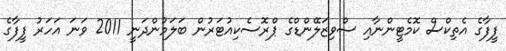
ފީފާގެ އެތިކްސް ކޮމެޓީންނާއި ސްވިޒަލޭންޑްގެ ޕްރޮސެކިއުޓަރުން ބަލަމުންދަނީ 2011 ވަނަ އަހަރު ފީފާގެ